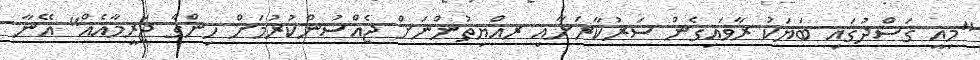
"މިއީ ގަސްދުގައި ބަޔަކު ރާވައިގެން ސަރުކާރަށާއި ރއްޔިތުންނަށް ޖެއްސުންކުރުމަށް ހިންގާ ޖަރީމާއެއް" އޭނާ